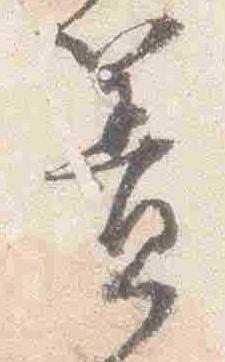
簀